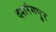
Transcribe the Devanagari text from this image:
दशरंगपुर